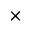
\times